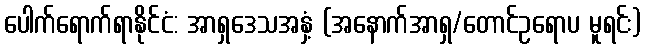
ပေါက်ရောက်ရာနိုင်ငံ: အာရှဒေသအနှံ့ (အနောက်အာရှ/တောင်ဥရောပ မူရင်း)